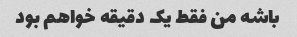
باشه من فقط یک دقیقه خواهم بود